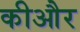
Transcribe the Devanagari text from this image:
कीऔर